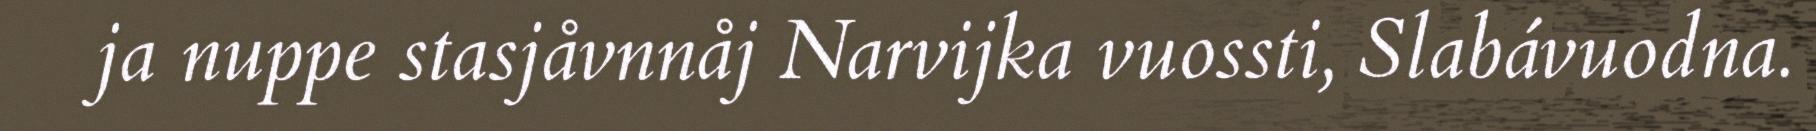
ja nuppe stasjåvnnåj Narvijka vuossti, Slabávuodna.